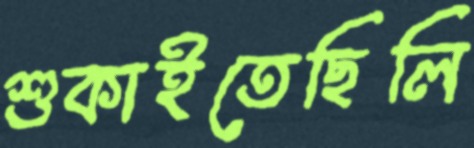
শুকাইতেছিলি